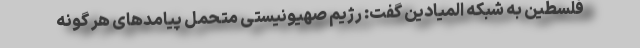
فلسطین به شبکه المیادین گفت: رژیم صهیونیستی متحمل پیامدهای هر گونه